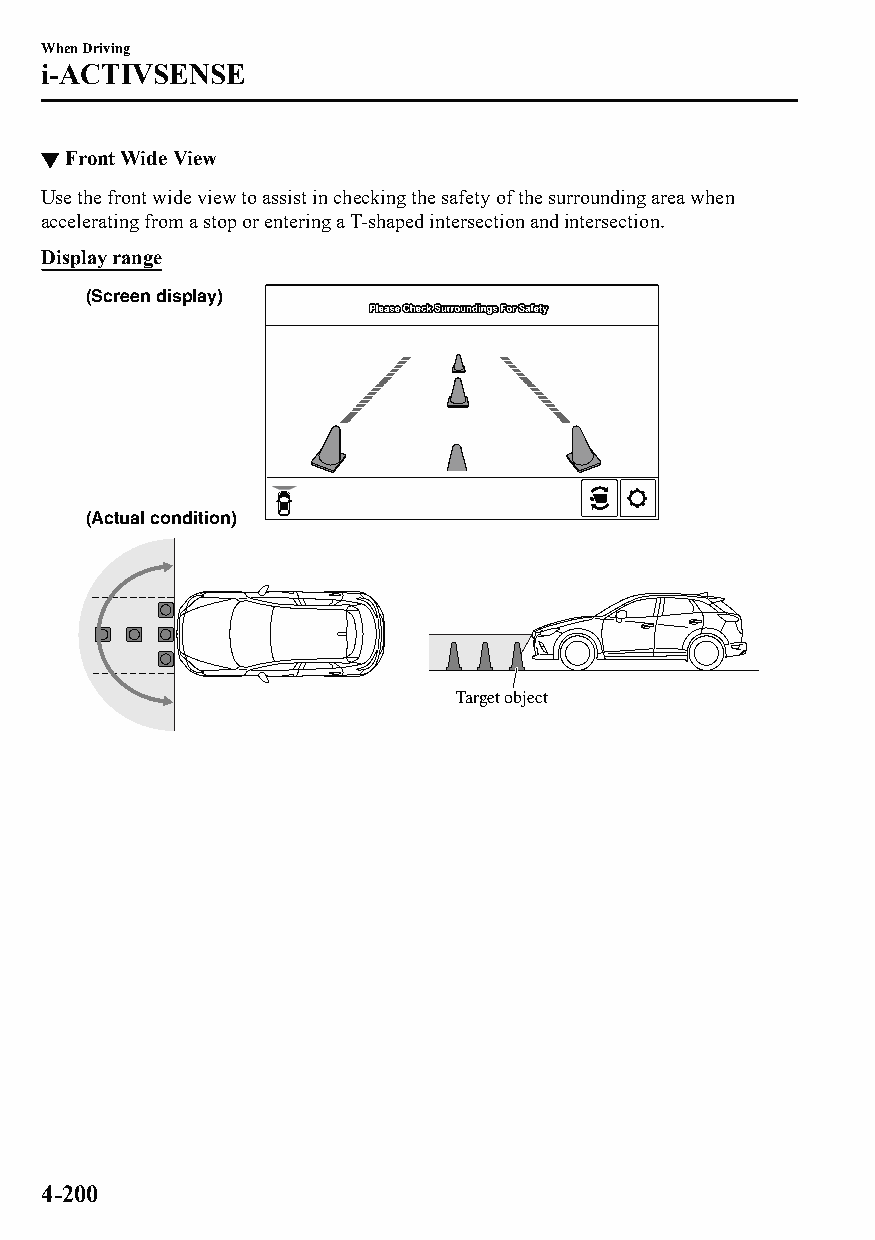
When Driving
 i-ACTIVSENSE
 ▼Front Wide View
 Use the front wide view to assist in checking the safety of the surrounding area when
 accelerating from a stop or entering a T-shaped intersection and intersection.
 Display range
 (Screen display)
 (Actual condition)
 Target object
 4-200
 CX-3_8GT4-EE-18D_Edition4                  2018-9-6 18:32:19